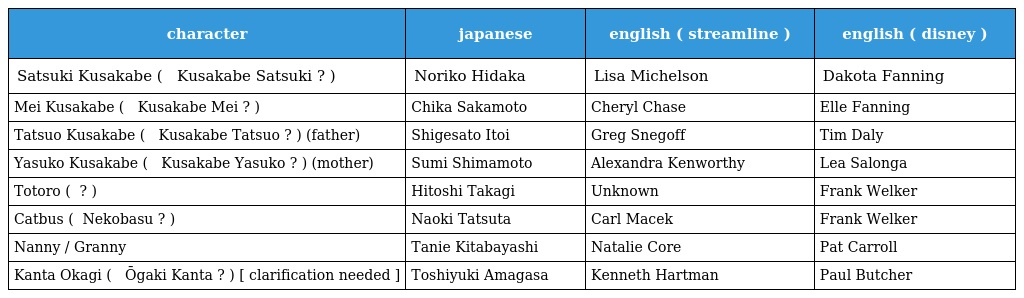
| character | japanese | english ( streamline ) | english ( disney ) |
 | --- | --- | --- | --- |
 | Satsuki Kusakabe ( 草壁 サツキ Kusakabe Satsuki ? ) | Noriko Hidaka | Lisa Michelson | Dakota Fanning |
 | Mei Kusakabe ( 草壁 メイ Kusakabe Mei ? ) | Chika Sakamoto | Cheryl Chase | Elle Fanning |
 | Tatsuo Kusakabe ( 草壁 タツオ Kusakabe Tatsuo ? ) (father) | Shigesato Itoi | Greg Snegoff | Tim Daly |
 | Yasuko Kusakabe ( 草壁 靖子 Kusakabe Yasuko ? ) (mother) | Sumi Shimamoto | Alexandra Kenworthy | Lea Salonga |
 | Totoro ( トトロ ? ) | Hitoshi Takagi | Unknown | Frank Welker |
 | Catbus ( ネコバス Nekobasu ? ) | Naoki Tatsuta | Carl Macek | Frank Welker |
 | Nanny / Granny | Tanie Kitabayashi | Natalie Core | Pat Carroll |
 | Kanta Okagi ( 大垣 勘太 Ōgaki Kanta ? ) [ clarification needed ] | Toshiyuki Amagasa | Kenneth Hartman | Paul Butcher |